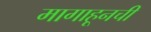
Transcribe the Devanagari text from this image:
मागाहूनची